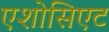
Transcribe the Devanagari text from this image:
एशोसिएट